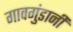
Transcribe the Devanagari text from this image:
गावगुंडानी